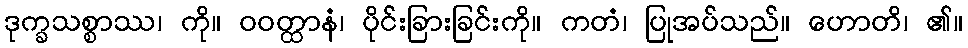
ဒုက္ခသစ္စာဿ၊ ကို။ ဝဝတ္ထာနံ၊ ပိုင်းခြားခြင်းကို။ ကတံ၊ ပြုအပ်သည်။ ဟောတိ၊ ၏။